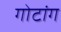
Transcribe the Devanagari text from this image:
गोटांग